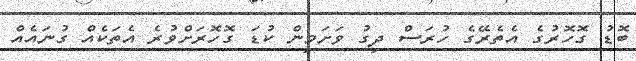
ބޮޑު ގޮހޮރުގެ އެތެރޭގެ ހުރަސް ދިގު ވަށަމިން ކުޑަ ގޮހޮރަށްވުރެ އެތަކެއް ގުނައެއް